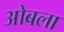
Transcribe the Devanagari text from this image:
ओबला